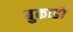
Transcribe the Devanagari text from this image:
बुकार्डो